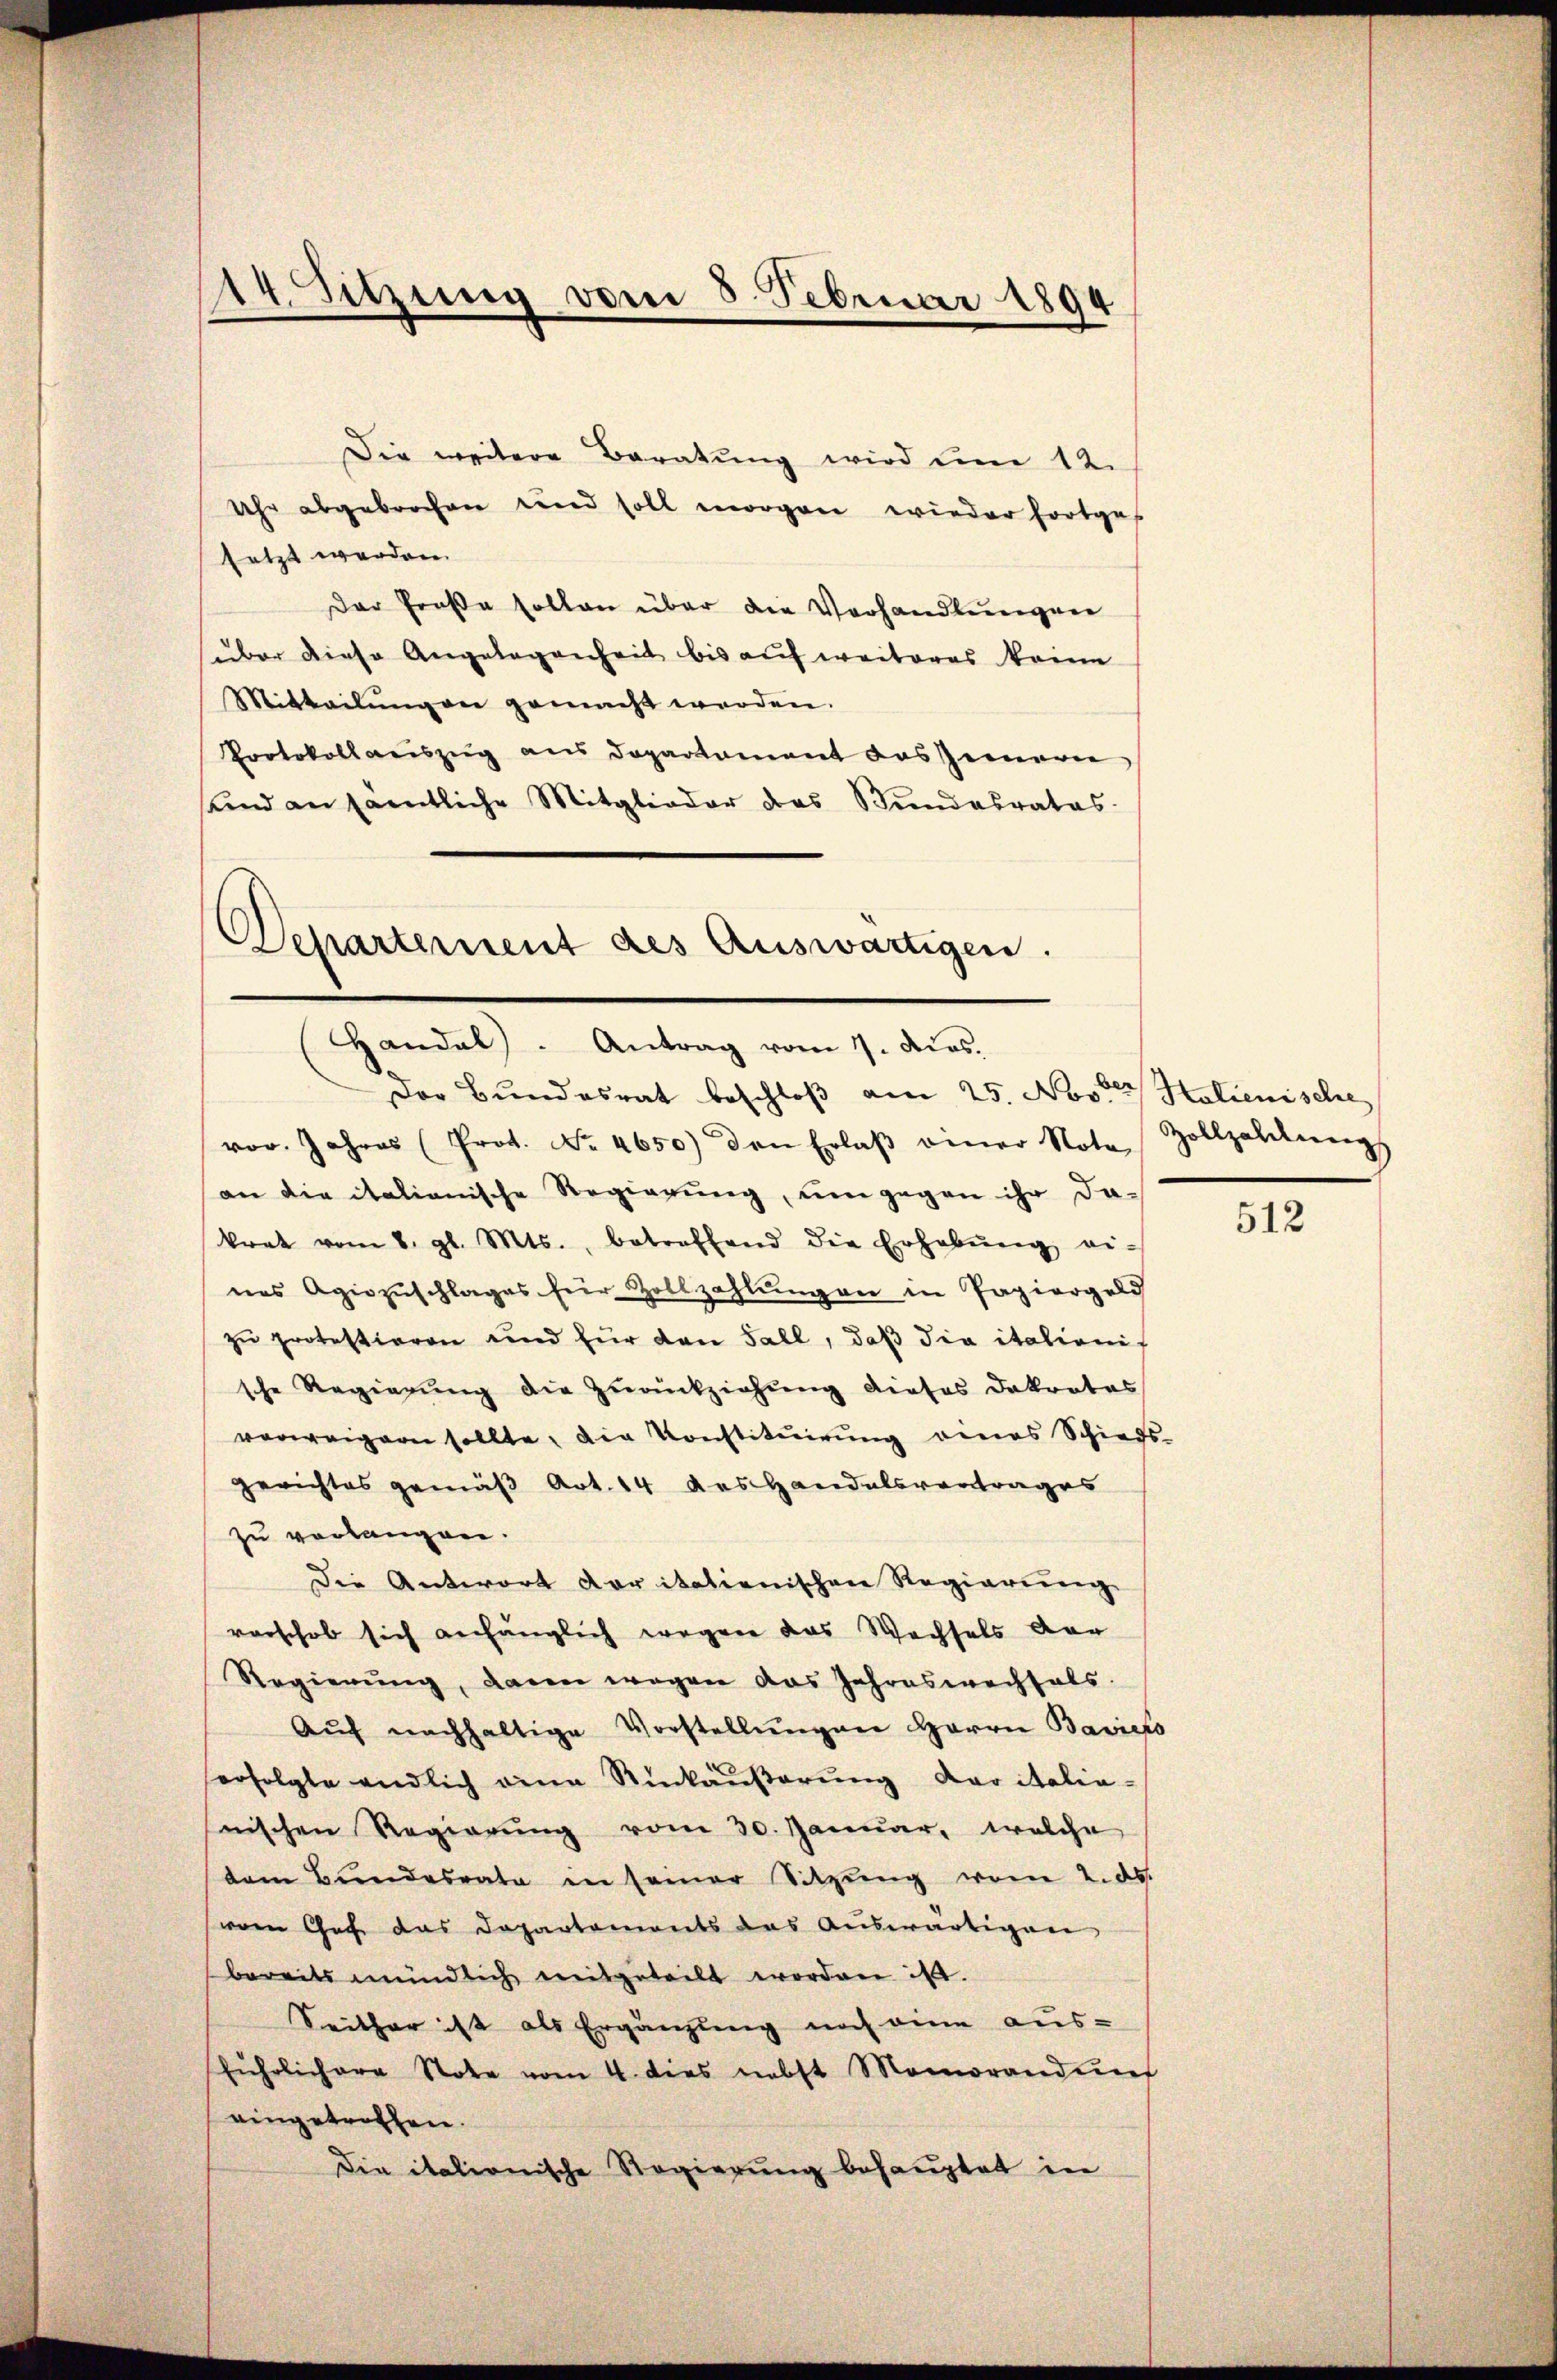
14. Sitzung vom 5 Februar 1894

Die weitere Beratung wird um 12.
Uhr abgebrochen und soll morgen wieder fortges
setzt werden.
Der Große sollen über die Verhandlungen
über diese Angelegenheit bis auf weiteres keine
Mitteilŭngen gemacht werden.
Protokoll auszug aus Departement des Innern
und an sämtliche Mitglieder das Bundesrates.
Departement des Auswärtigen.

Handal). Antrag vom 1. Jos.

Der Bundesrat beschloß am 25. Novbr. Holienische
vor. Jahres (Prot. No. 4650) den Erlaβ einer Note Zollzahlŭng
an die italianische Regierung, um gegen ihr da-
krat vom 8. gl. Mts., betreffend die Erhebŭng ei-
nes Agiozŭschlages für Zollzahlŭngen in Papiergeld
zu protestieren und für den Fall, daß die italionis
sche Regierŭng die Zŭrückziehŭng dieses Dakrotes
verweigern sollte, die Konstituirung eines Schieds-
gerichtes gemäß Art. 14 des Handelsvortrages
zu verlangen.
Die Antwort der italienischen Regierung
vorschob sich anhänglich wegen das Wechsels dar
Regierŭng, dann wegen das Jahreswechsels.
Aŭf nachhaltige Vorstellŭngen Herrn Baviers
serfolgte endlich eine Rückäußerung der italia-
nischen Regierŭng vom 30. Januar, welche
dem Bŭndesrata in seiner Sitzŭng vom 2. ds.
vom Chef das Departements das Auswärtigen
bereits mündlich mitgeteilt worden ist.
Seither ist als Ergänzung noch eine aus-
führlichere Note vom 4. dies nebst Memorandin
eingetroffen.
Die italionische Regierung behauptet in

512